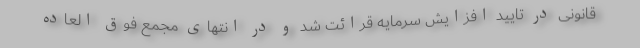
قانونی در تایید افزایش سرمایه قرائت شد و در انتهای مجمع فوق العاده